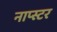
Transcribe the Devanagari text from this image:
नाप्स्टर